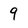
Character: 9